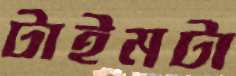
টাইমটা